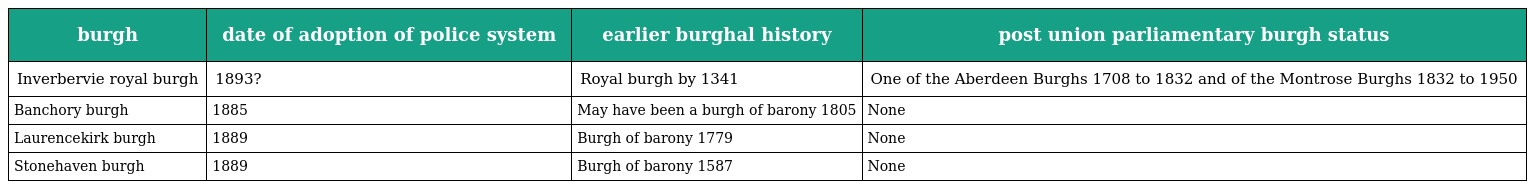
| burgh | date of adoption of police system | earlier burghal history | post union parliamentary burgh status |
 | --- | --- | --- | --- |
 | Inverbervie royal burgh | 1893? | Royal burgh by 1341 | One of the Aberdeen Burghs 1708 to 1832 and of the Montrose Burghs 1832 to 1950 |
 | Banchory burgh | 1885 | May have been a burgh of barony 1805 | None |
 | Laurencekirk burgh | 1889 | Burgh of barony 1779 | None |
 | Stonehaven burgh | 1889 | Burgh of barony 1587 | None |